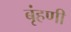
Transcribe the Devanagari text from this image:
बृंहणी